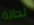
لحانة